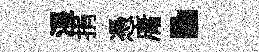
湿捐憑庸·